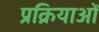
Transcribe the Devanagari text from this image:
प्रक्रियाओँ